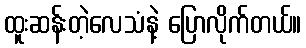
ထူးဆန်းတဲ့လေသံနဲ့ ပြောလိုက်တယ်။